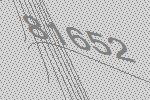
81652